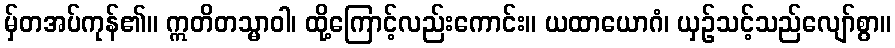
မှ်တအပ်ကုန်၏။ ဣတိတသ္မာဝါ၊ ထို့ကြောင့်လည်းကောင်း။ ယထာယောဂံ၊ ယှဉ်သင့်သည်လျော်စွာ။